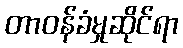
တာဝန်ခံမှုဆိုင်ရာ